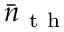
\bar { n } _ { \mathrm { ~ t ~ h ~ } }